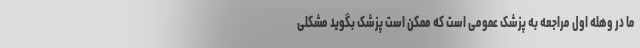
ما در وهله اول مراجعه به پزشک عمومی است که ممکن است پزشک بگوید مشکلی